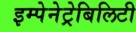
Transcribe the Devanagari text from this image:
इम्पेनेट्रेबिलिटी